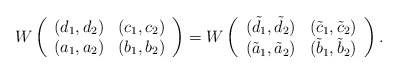
\begin{align*}W \left(\begin{array}{cc}(d_1,d_2) & (c_1,c_2) \\(a_1,a_2) & (b_1,b_2)\end{array}\right) =W \left(\begin{array}{cc}(\tilde{d}_1,\tilde{d}_2) & (\tilde{c}_1,\tilde{c}_2) \\(\tilde{a}_1,\tilde{a}_2) & (\tilde{b}_1,\tilde{b}_2)\end{array}\right).\end{align*}